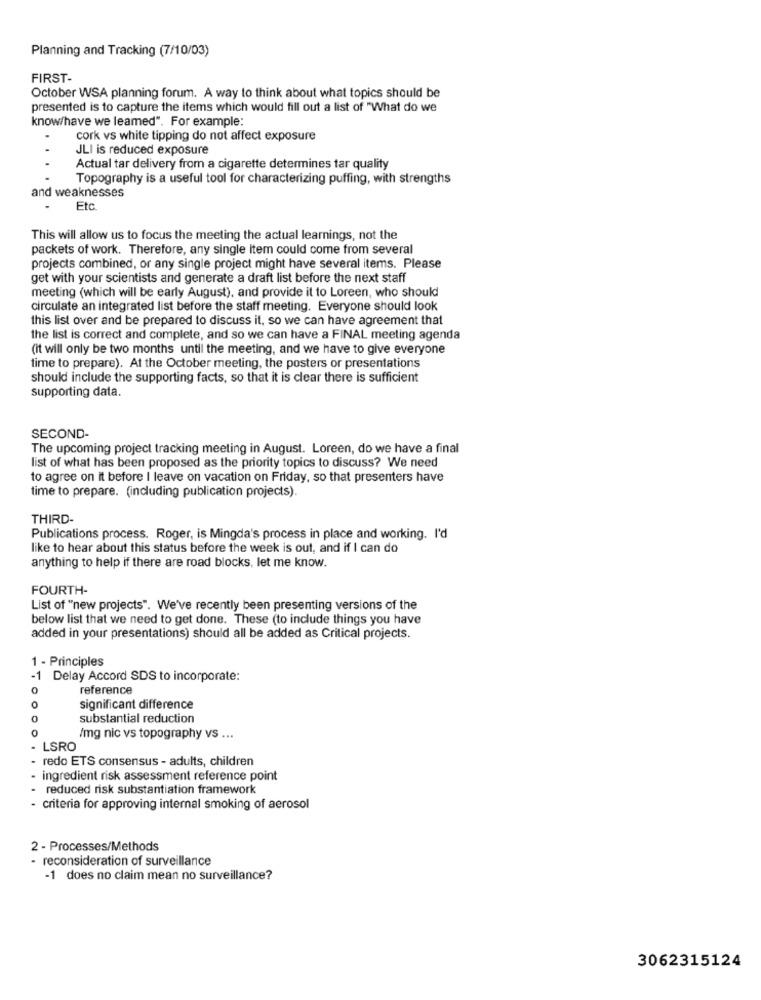
Planning and Tracking (7/10/03)
FIRST-
October WSA planning forum. A way to think about what topics should be
presented is to capture the items which would fill out a list of "What do we
know/have we leamed". For example:
cork vs white tipping do not affect exposure
JLI is reduced exposure
Actual tar delivery from a cigarette determines tar quality
Topography is a useful tool for characterizing puffing, with strengths
and weaknesses
Etc.
This will allow us to focus the meeting the actual learnings, not the
packets of work. Therefore, any single item could come from several
projects combined, or any single project might have several items. Please
get with your scientists and generate a draft list before the next staff
meeting (which will be early August), and provide it to Loreen, who should
circulate an integrated list before the staff meeting. Everyone should look
this list over and be prepared to discuss it, so we can have agreement that
the list is correct and complete, and so we can have a FINAL meeting agenda
(it will only be two months until the meeting, and we have to give everyone
time to prepare). At the October meeting, the posters or presentations
should include the supporting facts, so that it is clear there is sufficient
supporting data.
SECOND-
The upcoming project tracking meeting in August. Loreen, do we have a final
list of what has been proposed as the priority topics to discuss? We need
to agree on it before I leave on vacation on Friday, so that presenters have
time to prepare. (including publication projects).
THIRD-
Publications process. Roger, is Mingda's process in place and working. I'd
like to hear about this status before the week is out, and if I can do
anything to help if there are road blocks, let me know.
FOURTH-
List of "new projects". We've recently been presenting versions of the
below list that we need to get done. These (to include things you have
added in your presentations) should all be added as Critical projects.
1 - Principles
-1 Delay Accord SDS to incorporate:
reference
0
significant difference
0
substantial reduction
0
/mg nic vs topography vs ...
- LSRO
redo ETS consensus - adults, children
ingredient risk assessment reference point
reduced risk substantiation framework
criteria for approving internal smoking of aerosol
2 - Processes/Methods
- reconsideration of surveillance
-1 does no claim mean no surveillance?
3062315124